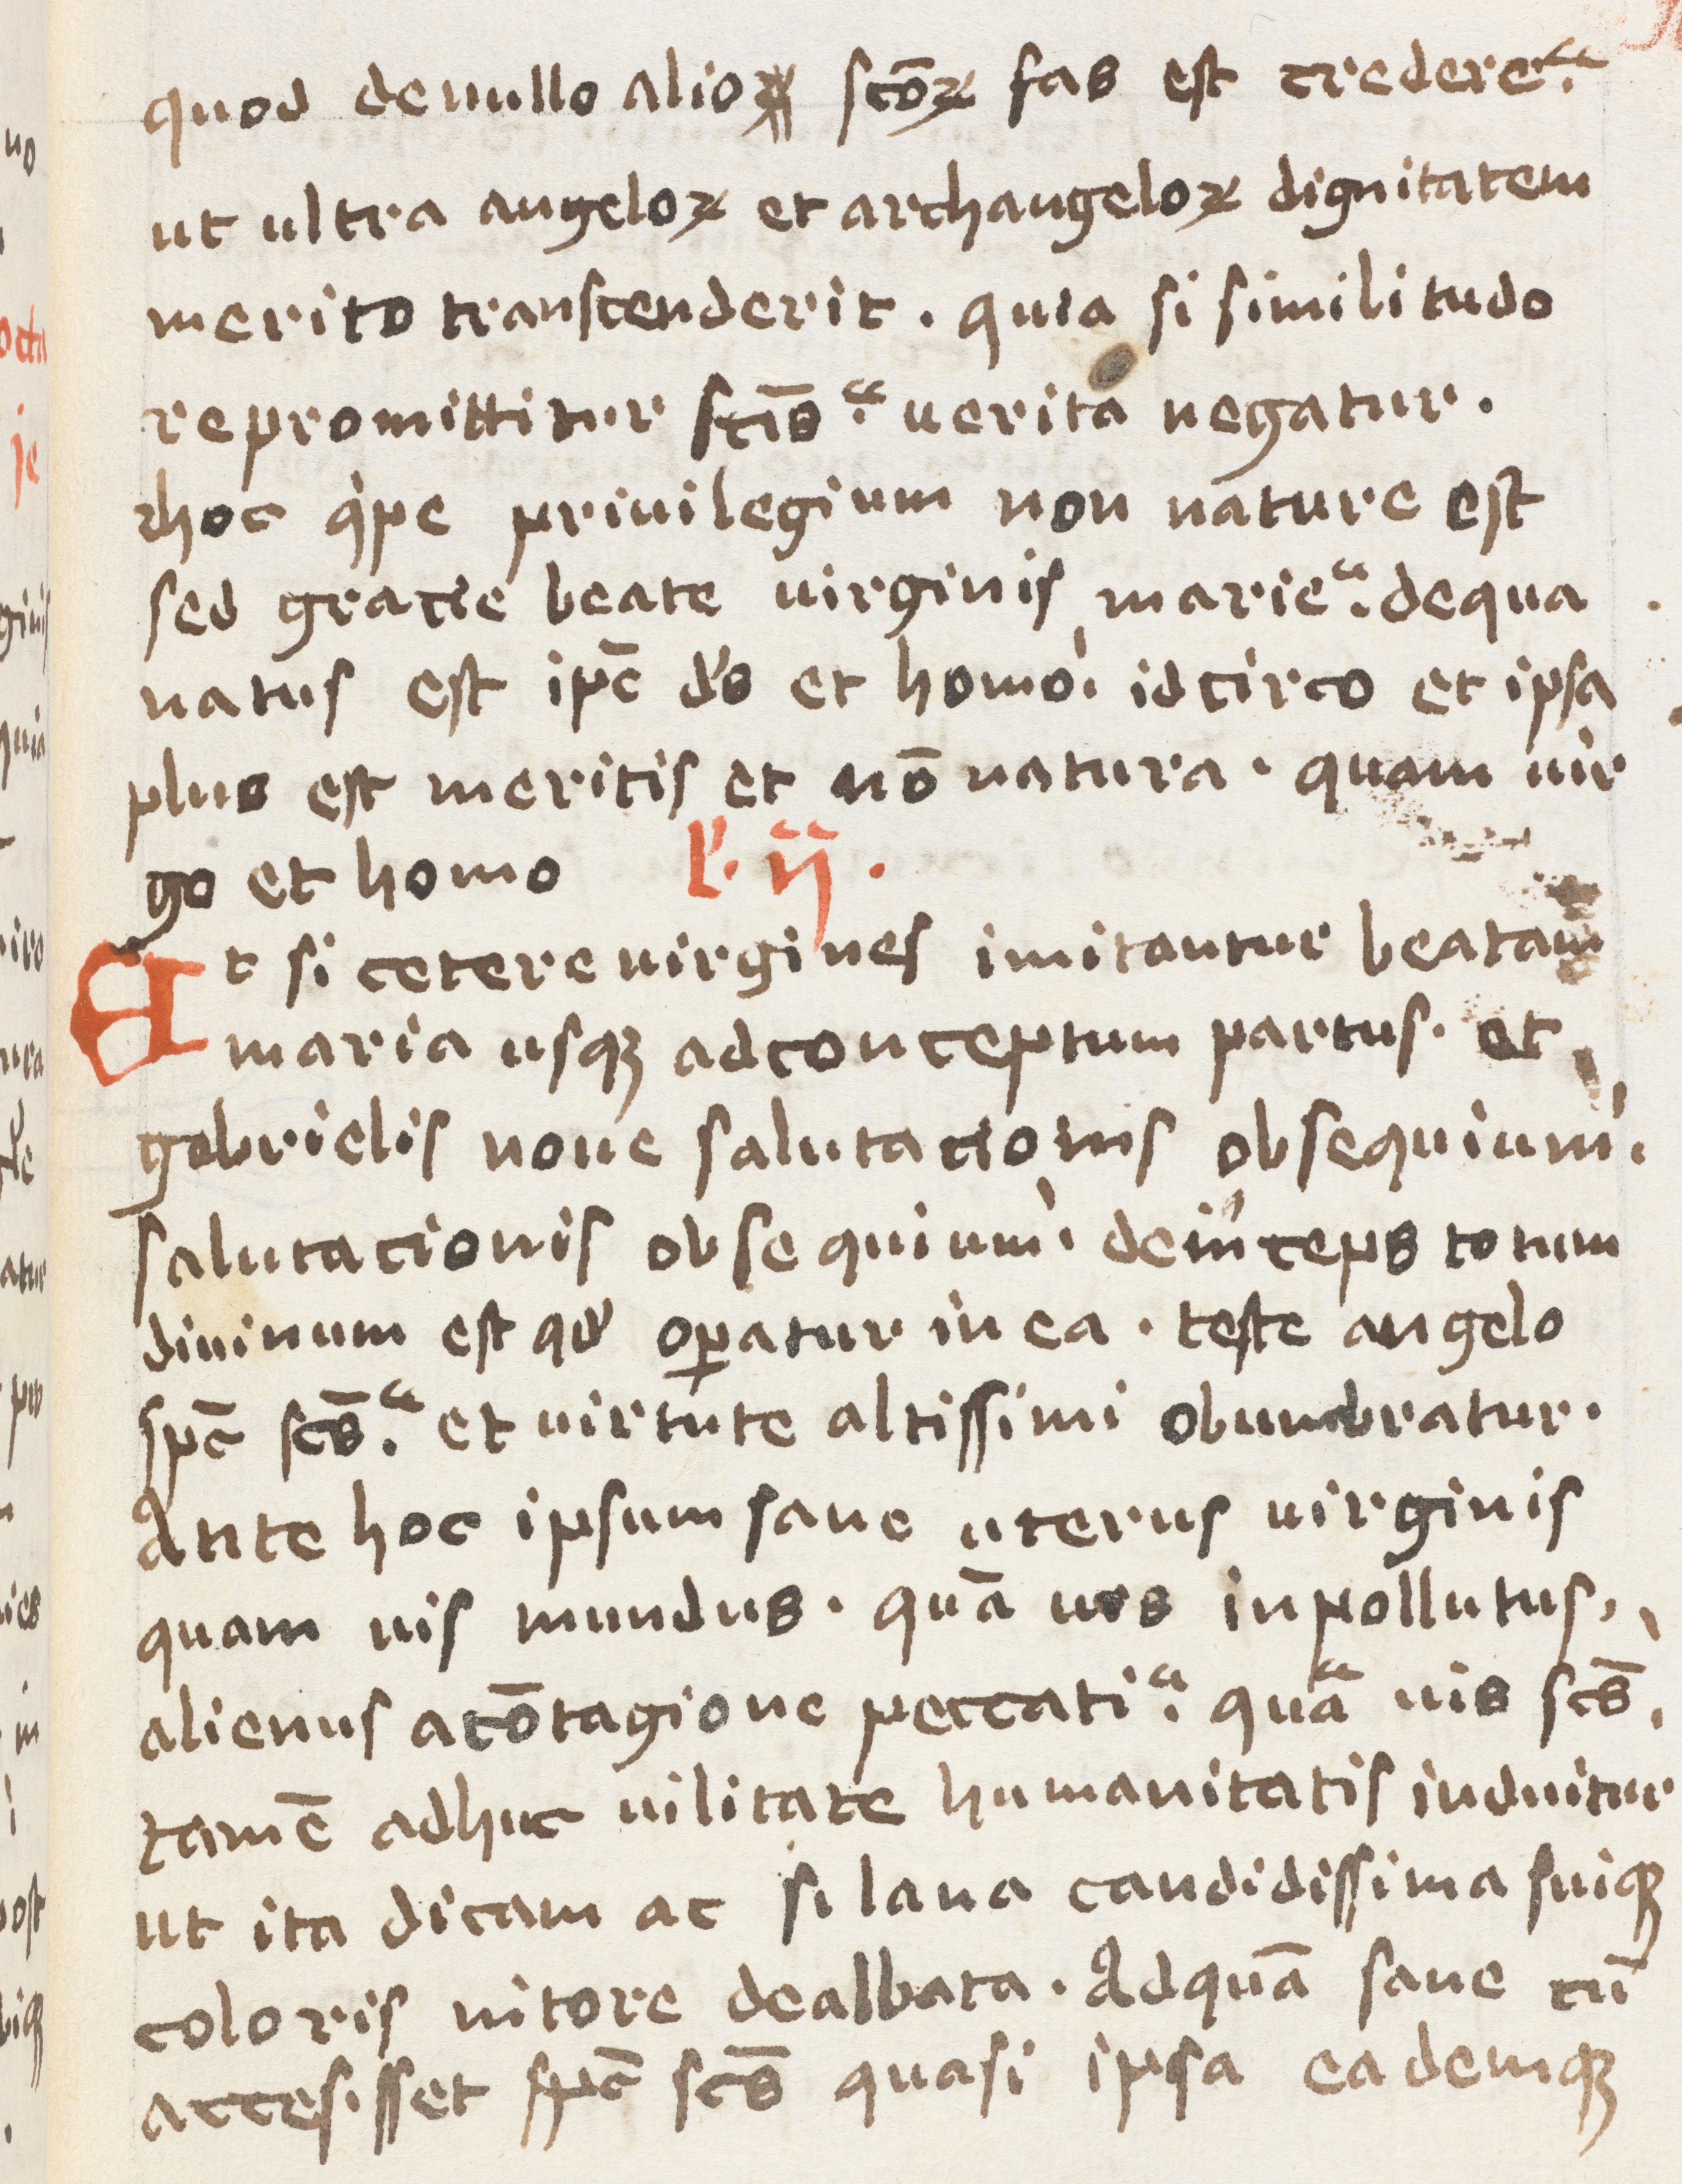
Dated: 1400–1499